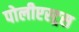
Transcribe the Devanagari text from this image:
पोलीएस्ट्रस